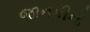
જાનકીનો